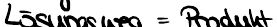
Lösungsweg = Produkt